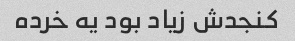
کنجدش زیاد بود یه خرده